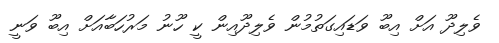
ވެލިދޫ އަށް އިބޫ ވަޑައިގަތުމުން ވެލިދޫއިން ކީ ހޫނު މަރުހަބާއަށް އިބޫ ވަނީ